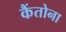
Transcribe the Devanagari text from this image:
कैंतोना